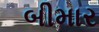
બીમાર